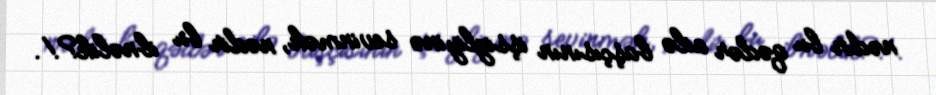
nədir bu qədər ailə başçısının işsizliyinə sevinmək, nədir bu ibnəlik?!.